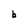
Character: b